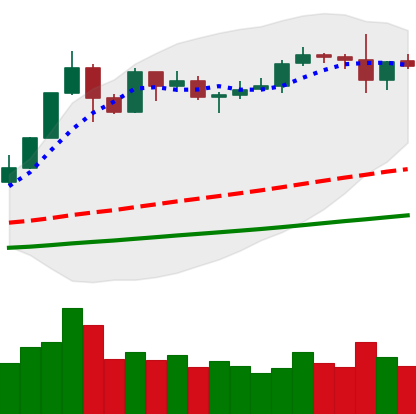
Ticker: ETH-USD
Chart end date: 2019-06-01
Forward return: -5.997%
Label: down_5_7